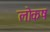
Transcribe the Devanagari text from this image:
लोकष